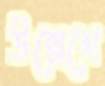
উল্লেখে